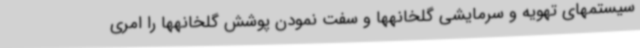
سیستمهای تهویه و سرمایشی گلخانهها و سفت نمودن پوشش گلخانهها را امری